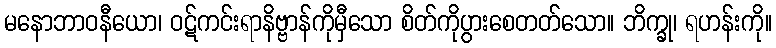
မနောဘာဝနီယော၊ ဝဋ်ကင်းရာနိဗ္ဗာန်ကိုမှီသော စိတ်ကိုပွားစေတတ်သော။ ဘိက္ခု၊ ရဟန်းကို။